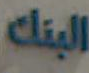
البنك